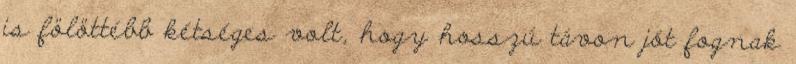
is fölöttébb kétséges volt, hogy hosszú távon jót fognak